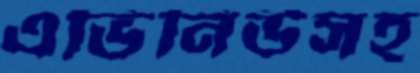
এভিনিউসহ